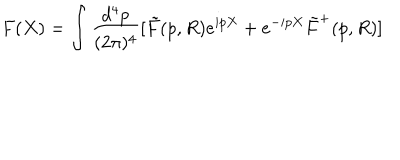
F ( X ) = \int \frac { d ^ { 4 } p } { ( 2 { \pi } ) ^ { 4 } } [ \tilde { F } ( p , R ) e ^ { i p X } + e ^ { - i p X } \tilde { F } ^ { + } ( p , R ) ]